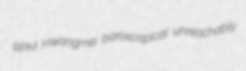
RPM Hwangmei baroscopical unreachably